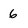
Character: 6